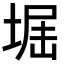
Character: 𡌷